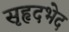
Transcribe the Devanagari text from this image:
सृहृदभेद